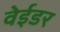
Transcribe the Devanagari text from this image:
वेईडर